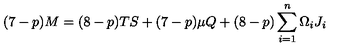
( 7 - p ) M = ( 8 - p ) T S + ( 7 - p ) \mu Q + ( 8 - p ) \sum _ { i = 1 } ^ { n } \Omega _ { i } J _ { i }